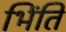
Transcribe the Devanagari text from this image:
भिंति